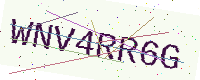
Text: WNV4RR6G